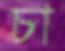
চা